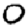
Digit: 0